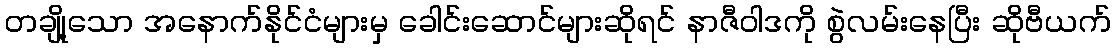
တချို့သော အနောက်နိုင်ငံများမှ ခေါင်းဆောင်များဆိုရင် နာဇီဝါဒကို စွဲလမ်းနေပြီး ဆိုဗီယက်